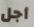
أجل